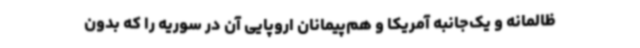
ظالمانه و یک‌جانبه آمریکا و هم‌پیمانان اروپایی آن در سوریه را که بدون